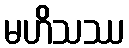
မဟိသဿ